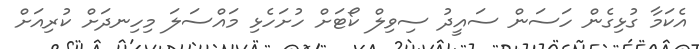
އެކަމާ ގުޅިގެން ހަސަން ސައީދު ސިވިލް ކޯޓަށް ހުށަހެޅި މައްސަލަ މިހިނދަށް ކުރިއަށް